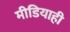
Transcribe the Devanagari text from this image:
मीडियाही